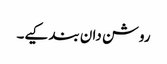
روشن دان بند کیے۔